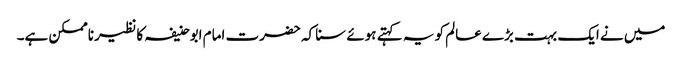
میں نے ایک بہت بڑے عالم کو یہ کہتے ہوئے سنا کہ حضرت امام ابوحنیفہ کا نظیر ناممکن ہے۔